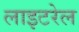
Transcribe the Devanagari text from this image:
लाइटरेल